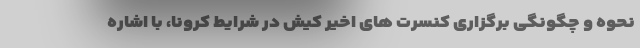
نحوه و چگونگی برگزاری کنسرت های اخیر کیش در شرایط کرونا، با اشاره